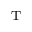
\mathrm { _ { T } }